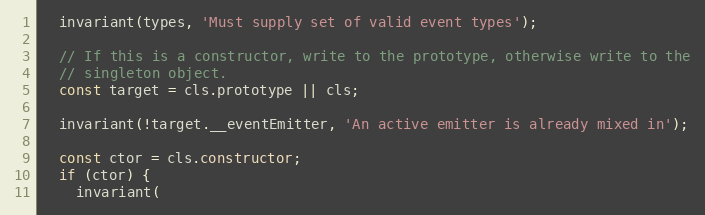
Language: JavaScript
  invariant(types, 'Must supply set of valid event types');

  // If this is a constructor, write to the prototype, otherwise write to the
  // singleton object.
  const target = cls.prototype || cls;

  invariant(!target.__eventEmitter, 'An active emitter is already mixed in');

  const ctor = cls.constructor;
  if (ctor) {
    invariant(